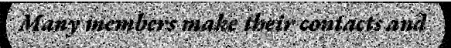
Many members make their contacts and